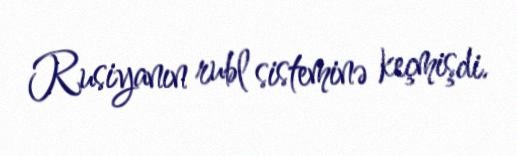
Rusiyanın rubl sisteminə keçmişdi.